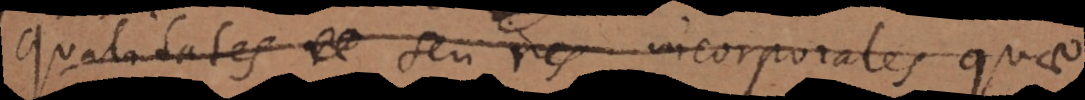
Qualitates seu res incorporales quae